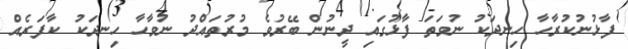
ފާޅުނުކުރާހާ ހިނދަކު ނުވަތަ ފާޅުގައި ދީނުން ބޭރުވެ މުރުތައްދު ނުވާހާ ހިނދަކު ކާފަރެއް